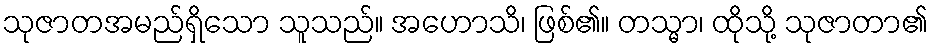
သုဇာတအမည်ရှိသော သူသည်။ အဟောသိ၊ ဖြစ်၏။ တသ္မာ၊ ထိုသို့ သုဇာတာ၏